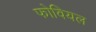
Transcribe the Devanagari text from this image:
फोवियल